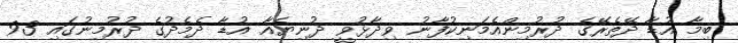
ބިމާ އުޑާ ދޭތެރޭގެ ދުރުމިންއެމަނިކުފާނު ވިދާޅުވީ ދުނިޔެއާ އުޑާ ދެމެދުގެ ދުރުމިނުގައި 93